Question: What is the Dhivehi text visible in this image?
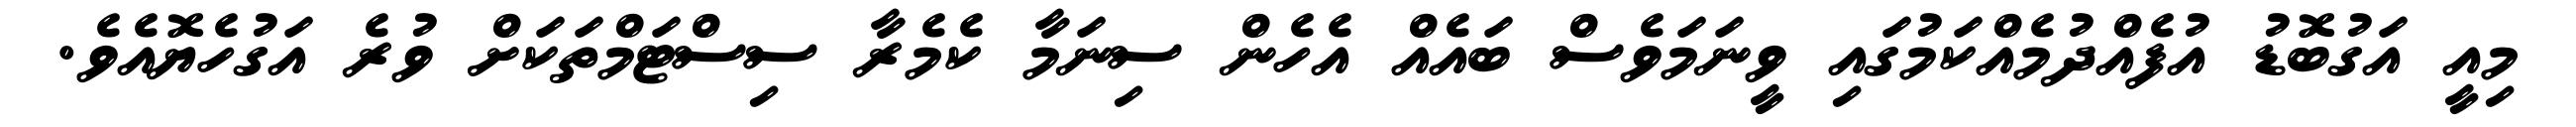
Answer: މިއީ އަގުބޮޑު އުފެއްދުމެއްކަމުގައި ވީނަމަވެސް ބައެއް އެހެން ސިނަމާ ކެމެރާ ސިސްޓަމްތަކަށް ވުރެ އަގުހެޔޮއެވެ.